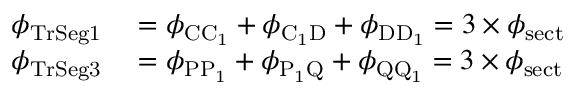
\begin{array} { r l } { \phi _ { \mathrm { T r S e g 1 } } } & { { } = \phi _ { \mathrm { C C _ { 1 } } } + \phi _ { \mathrm { C _ { 1 } D } } + \phi _ { \mathrm { D D _ { 1 } } } = 3 \times \phi _ { \mathrm { s e c t } } } \\ { \phi _ { \mathrm { T r S e g 3 } } } & { { } = \phi _ { \mathrm { P P _ { 1 } } } + \phi _ { \mathrm { P _ { 1 } Q } } + \phi _ { \mathrm { Q Q _ { 1 } } } = 3 \times \phi _ { \mathrm { s e c t } } } \end{array}